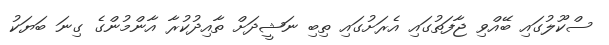
ސްކޫލުގައި ބޭއްވި ޖާފަތުގައި އެރަށުގައި ތިބި ނަޝީދަށް ތާއިދުކުރާ އާންމުންގެ ގިނަ ބަޔަކު